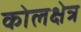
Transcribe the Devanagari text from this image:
कोलक्षेत्र